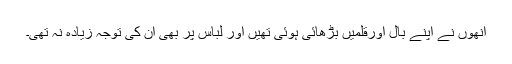
اُنھوں نے اپنے بال اورقلمیں بڑھائی ہوئی تھیں اور لباس پر بھی اُن کی توجہ زیادہ نہ تھی۔